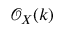
{ \mathcal { O } } _ { X } ( k )